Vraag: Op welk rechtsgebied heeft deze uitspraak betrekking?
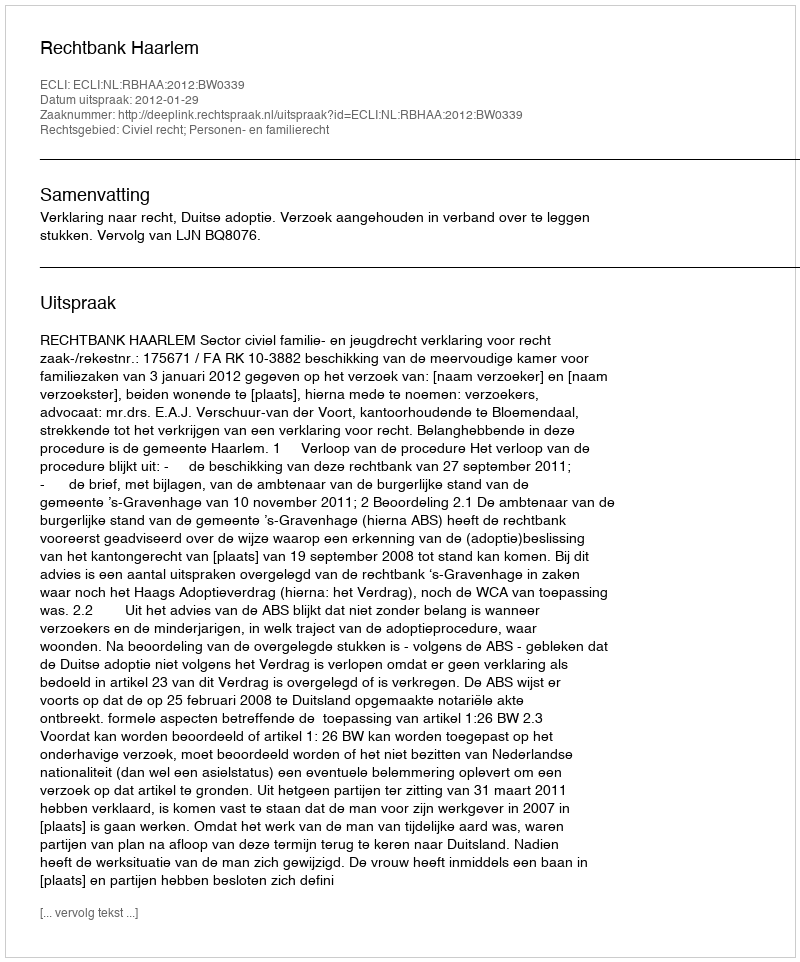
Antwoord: Civiel recht; Personen- en familierecht